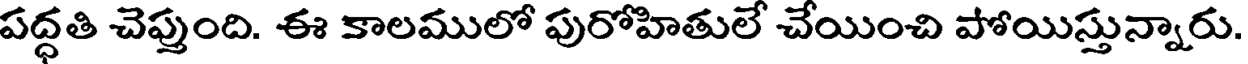
పద్ధతి చెప్తుంది. ఈ కాలములో పురోహితులే చేయించి పోయిస్తున్నారు